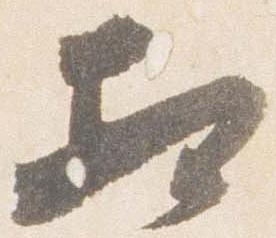
相